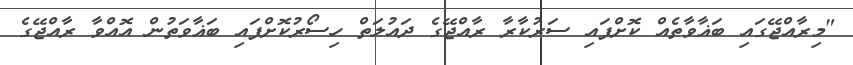
"މިރާއްޖޭގައި ބަޣާވާތެއް ކޮށްފައި ސަރުކާރާ ރާއްޖޭގެ ދައުލަތް ހިސޯރުކޮށްފައި ބަޣާވަތުން އޮއްވާ ރާއްޖޭގެ